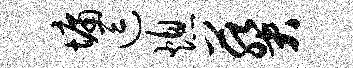
墉逗熄葵